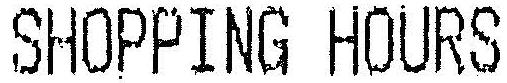
SHOPPING HOURS